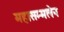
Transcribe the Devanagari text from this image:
महासम्मलेन